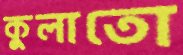
কুলাতো